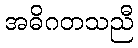
အဓိဂတသညီ